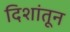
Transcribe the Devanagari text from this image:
दिशांतून